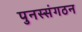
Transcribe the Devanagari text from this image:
पुनस्संगठन